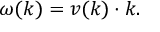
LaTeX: \omega ( k ) = v ( k ) \cdot k .